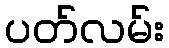
ပတ်လမ်း